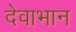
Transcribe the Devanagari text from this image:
देवाभान